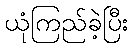
ယုံကြည်ခဲ့ပြီး